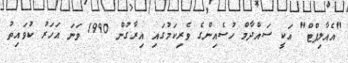
"އެއާލިފްޓް" އަކީ ސައްދާމް ހުސެއިންގެ ވެރިކަމުގައި އިރާގުން 1990 ވަނަ އަހަރު ކުވައިތު